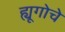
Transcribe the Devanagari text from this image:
ह्यूगोचे